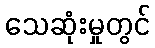
သေဆုံးမှုတွင်